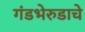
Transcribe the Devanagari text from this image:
गंडभेरुडाचे